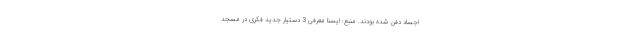
اجساد دفن شده بودند. منبع: ایسنا معرفی 3 دستیار جدید فکری در مسجد